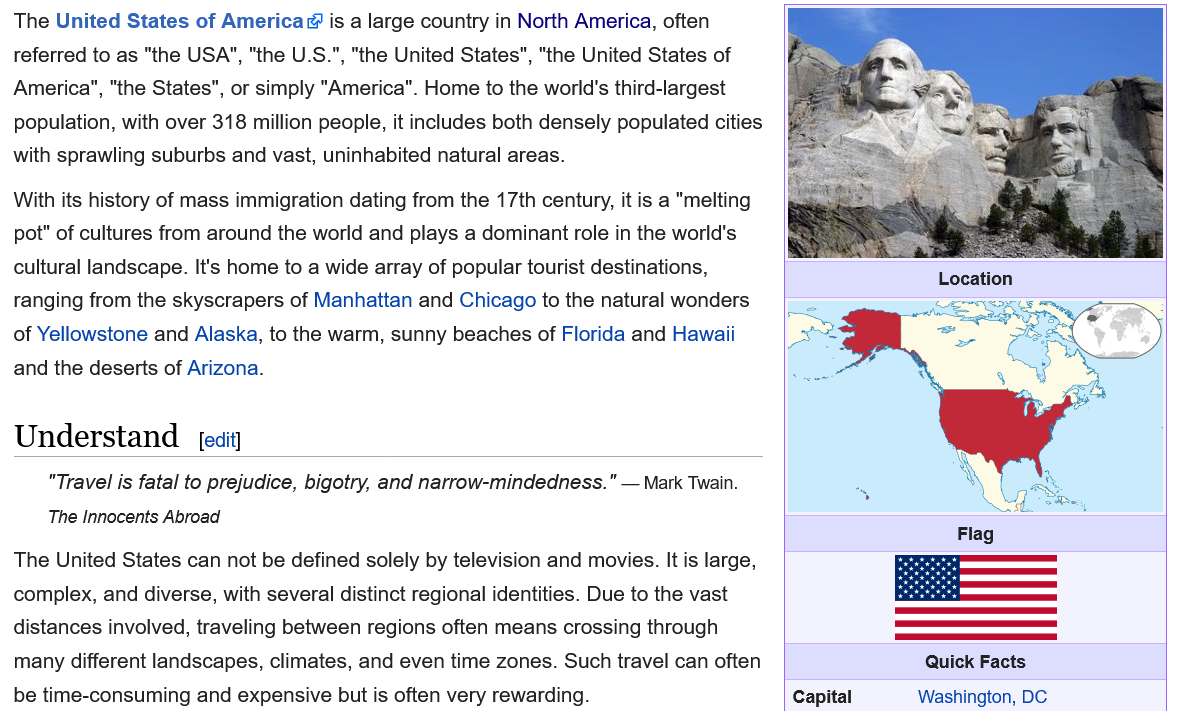
Understand
     "Travel is fatal to prejudice, bigotry, and narrow-mindedness."
     —
     Mark Twain.
     The Innocents Abroad
  The United States can not be defined solely by television and movies. It is large,
  complex, and diverse, with several distinct regional identities. Due to the vast
  distances involved, traveling between regions often means crossing through
  many different landscapes, climates, and even time zones. Such travel can often
  be time-consuming and expensive but is often very rewarding.
  The United States of America® is a large country in North America, often
  referred to as "the USA", "the U.S.", "the United States", "the United States of
     “the States", or simply "America". Home to the world's third-largest

  Americ:
  population, with over 318 million people, it includes both densely populated cities
  with sprawling suburbs and vast, uninhabited natural areas.
  With its history of mass immigration dating from the 17th century, it is a "melting
  pot" of cultures from around the world and plays a dominant role in the world's
  cultural landscape. It's home to a wide array of popular tourist destinations,
  ranging from the skyscrapers of Manhattan and Chicago to the natural wonders
  of Yellowstone and Alaska, to the warm, sunny beaches of Florida and Hawaii
  and the deserts of Arizona.
     Location
     Flag
     [edit]
     a